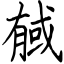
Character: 戫